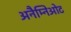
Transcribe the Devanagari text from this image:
अनैम्निओट